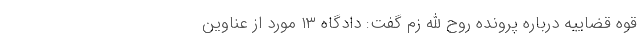
قوه قضاییه درباره پرونده روح الله زم گفت: دادگاه ۱۳ مورد از عناوین